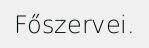
Főszervei.